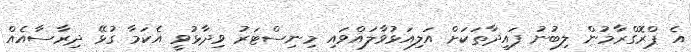
އެ ޕްރޮގްރާމުން ލިބުނު ފައިދާތަކަށް އަލިއަޅުވާލައްވައި މިނިސްޓަރު ވިދާޅުވީ އެކަމާ ގުޅޭ ދިރާސާއެއް